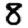
Digit: 8